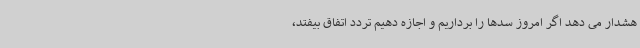
هشدار می دهد اگر امروز سدها را برداریم و اجازه دهیم تردد اتفاق بیفتد،